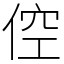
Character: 倥